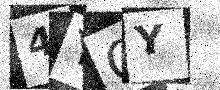
Text: 4YQY